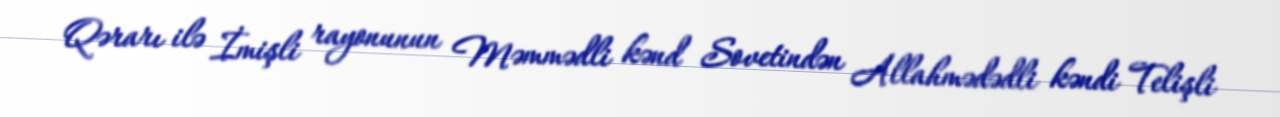
Qərarı ilə İmişli rayonunun Məmmədli kənd Sovetindən Allahmədədli kəndi Telişli